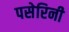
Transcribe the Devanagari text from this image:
पसेरिनी